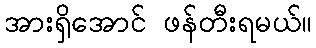
အားရှိအောင် ဖန်တီးရမယ်။